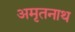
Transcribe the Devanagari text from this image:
अमृतनाथ